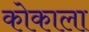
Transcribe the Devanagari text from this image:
कोकाला